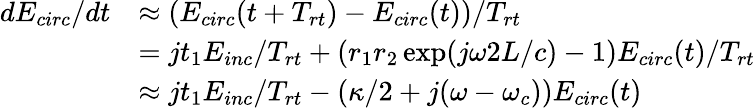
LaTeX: \begin{array}{rl}{dE_{circ}/dt}&{\approx(E_{circ}(t+T_{rt})-E_{circ}(t))/T_{rt}}\\ &{=jt_{1}E_{inc}/T_{rt}+(r_{1}r_{2}\exp(j\omega 2L/c)-1)E_{circ}(t)/T_{rt}}\\ &{\approx jt_{1}E_{inc}/T_{rt}-(\kappa/2+j(\omega-\omega_{c}))E_{circ}(t)}\end{array}